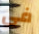
فى